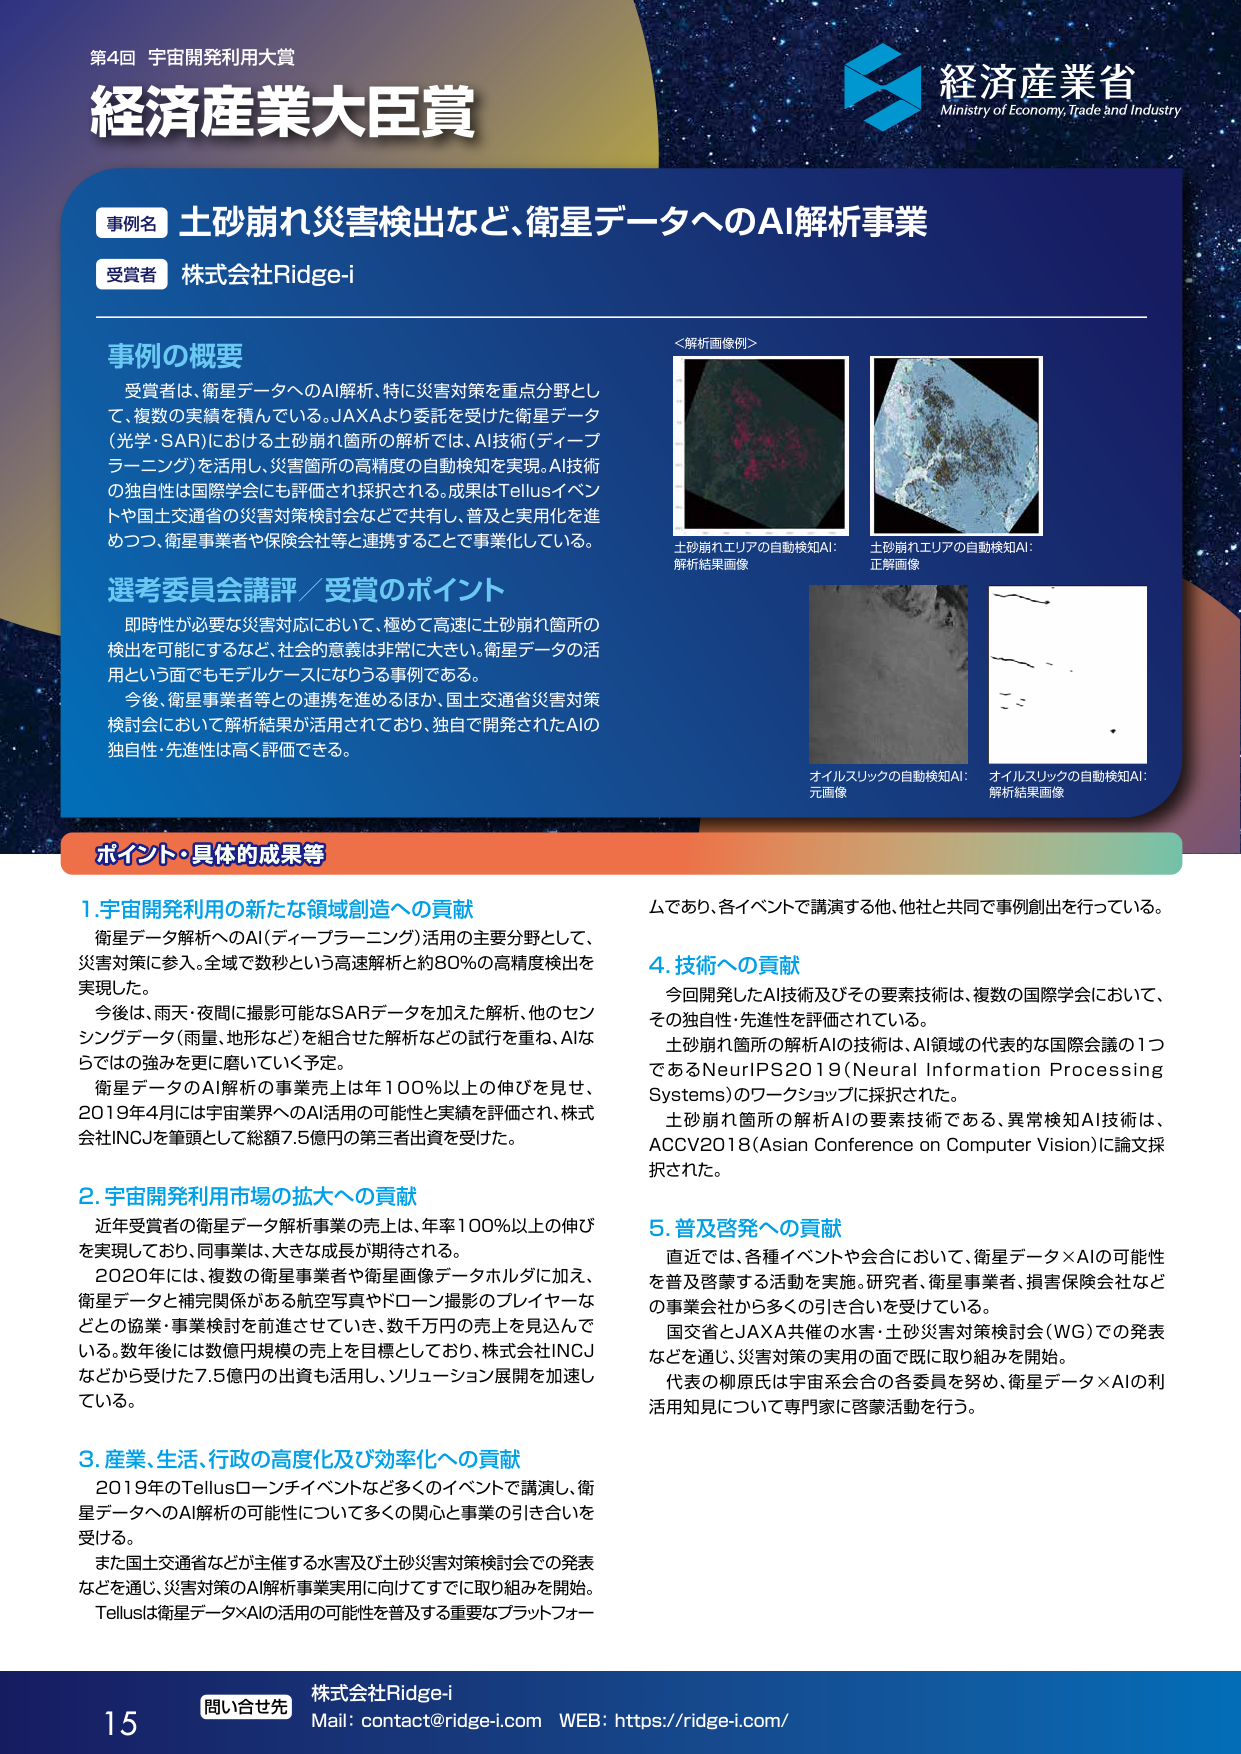
第4回 宇宙開発利用大賞
経済産業大臣賞

経済産業省
Ministry of Economy, Trade and Industry

事例名 土砂崩れ災害検出など、衛星データへのAI解析事業
受賞者 株式会社Ridge-i

事例の概要
受賞者は、衛星データへのAI解析、特に災害対策を重点分野として、複数の実績を積んでいる。JAXAより委託を受けた衛星データ（光学・SAR）における土砂崩れ箇所の解析では、AI技術（ディープラーニング）を活用し、災害箇所の高精度の自動検知を実現。AI技術の独自性は国際学会にも評価され採択される。成果はTellusイベントや国土交通省の災害対策検討会などで共有し、普及と実用化を進めつつ、衛星事業者や保険会社等と連携することで事業化している。

選考委員会講評／受賞のポイント
即時性が必要な災害対応において、極めて高速に土砂崩れ箇所の検出を可能にするなど、社会的意義は非常に大きい。衛星データの活用という面でもモデルケースになりうる事例である。
今後、衛星事業者等との連携を進めるほか、国土交通省災害対策検討会において解析結果が活用されており、独自で開発されたAIの独自性・先進性は高く評価できる。

＜解析画像例＞
土砂崩れエリアの自動検知AI：解析結果画像
土砂崩れエリアの自動検知AI：正解画像
オイルスリックの自動検知AI：元画像
オイルスリックの自動検知AI：解析結果画像

ポイント・具体的成果等

1. 宇宙開発利用の新たな領域創造への貢献
衛星データ解析へのAI（ディープラーニング）活用の主要分野として、災害対策に参入。全域で数秒という高速解析と約80％の高精度検出を実現した。
今後は、雨天・夜間に撮影可能なSARデータを加えた解析、他のセンシングデータ（雨量、地形など）を組合せた解析などの試行を重ね、AIならではの強みを更に磨いていく予定。
衛星データのAI解析の事業売上は年100％以上の伸びを見せ、2019年4月には宇宙業界へのAI活用の可能性と実績を評価され、株式会社INCJを筆頭として総額7.5億円の第三者出資を受けた。

2. 宇宙開発利用市場の拡大への貢献
近年受賞者の衛星データ解析事業の売上は、年率100％以上の伸びを実現しており、同事業は、大きな成長が期待される。
2020年には、複数の衛星画像や衛星画像データホルダに加え、衛星データと補完関係にある航空写真やドローン撮影のプレイヤーなどとの協業・事業検討を前進させていき、数千万円の売上を見込んでいく。数年後には数億円規模の売上を目標としており、株式会社INCJなどから受けた7.5億円の出資も活用し、ソリューション展開を加速している。

3. 産業、生活、行政の高度化及び効率化への貢献
2019年のTellusローンチイベントなど多くのイベントで講演し、衛星データへのAI解析の可能性について多くの関心と事業の引き合いを受けた。
また国土交通省などが主催する水害及び土砂災害対策検討会での発表などを通じ、災害対策のAI解析事業実用に向けてすでに取り組みを開始。Tellusは衛星データ×AIの活用の可能性を普及する重要なプラットフォームであり、各イベントで講演する他、他社と共同で事例創出を行っている。

4. 技術への貢献
今回開発したAI技術及びその要素技術は、複数の国際学会において、その独自性・先進性を評価されている。
土砂崩れ箇所の解析AIの技術は、AI領域の代表的な国際会議の1つであるNeurIPS2019（Neural Information Processing Systems）のワークショップに採択された。
土砂崩れ箇所の解析AIの要素技術である、異常検知AI技術は、ACCV2018（Asian Conference on Computer Vision）に論文採択された。

5. 普及啓発への貢献
直近では、各種イベントや会合において、衛星データ×AIの可能性を普及啓蒙する活動を実施。研究者、衛星事業者、損害保険会社などの事業会社から多くの引き合いを受けている。
国交省とJAXA共催の水害・土砂災害対策検討会（WG）での発表などを通じ、災害対策の実用の面で既に取り組みを開始。
代表の柳原氏は宇宙系会合の各委員を努め、衛星データ×AIの利活用知見について専門家に啓蒙活動を行う。

問い合わせ先
株式会社Ridge-i
Mail: contact@ridge-i.com WEB: https://ridge-i.com/
15